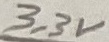
Text: 3.3V